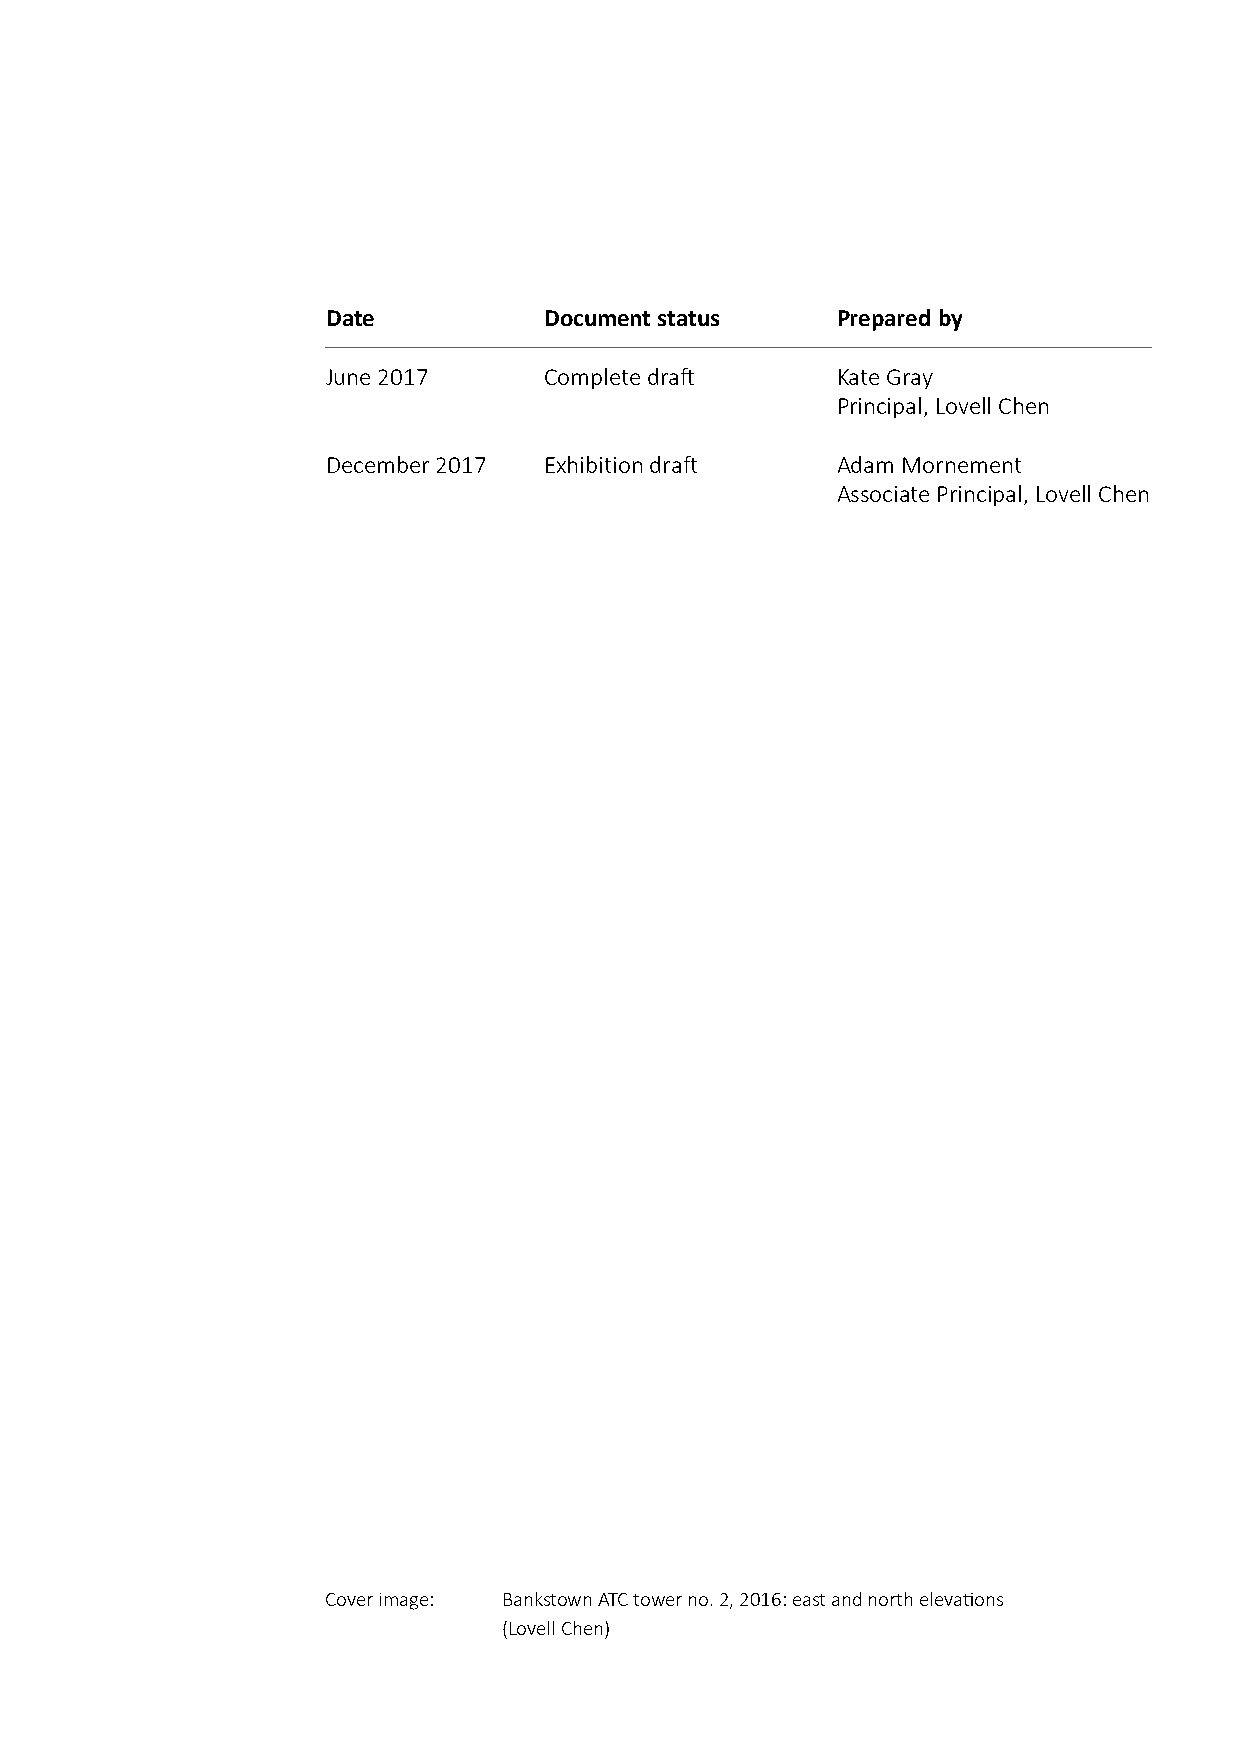
Date          Document status    Prepared by
 June 2017     Complete draft     Kate Gray
 Principal, Lovell Chen
 December 2017 Exhibition draft   Adam Mornement
 Associate Principal, Lovell Chen
 Cover image: Bankstown ATC tower no. 2, 2016: east and north elevations
 (Lovell Chen)